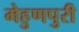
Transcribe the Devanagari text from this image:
मेहुणपुरी